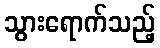
သွားရောက်သည့်